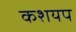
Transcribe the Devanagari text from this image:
कशयप